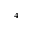
_ 4